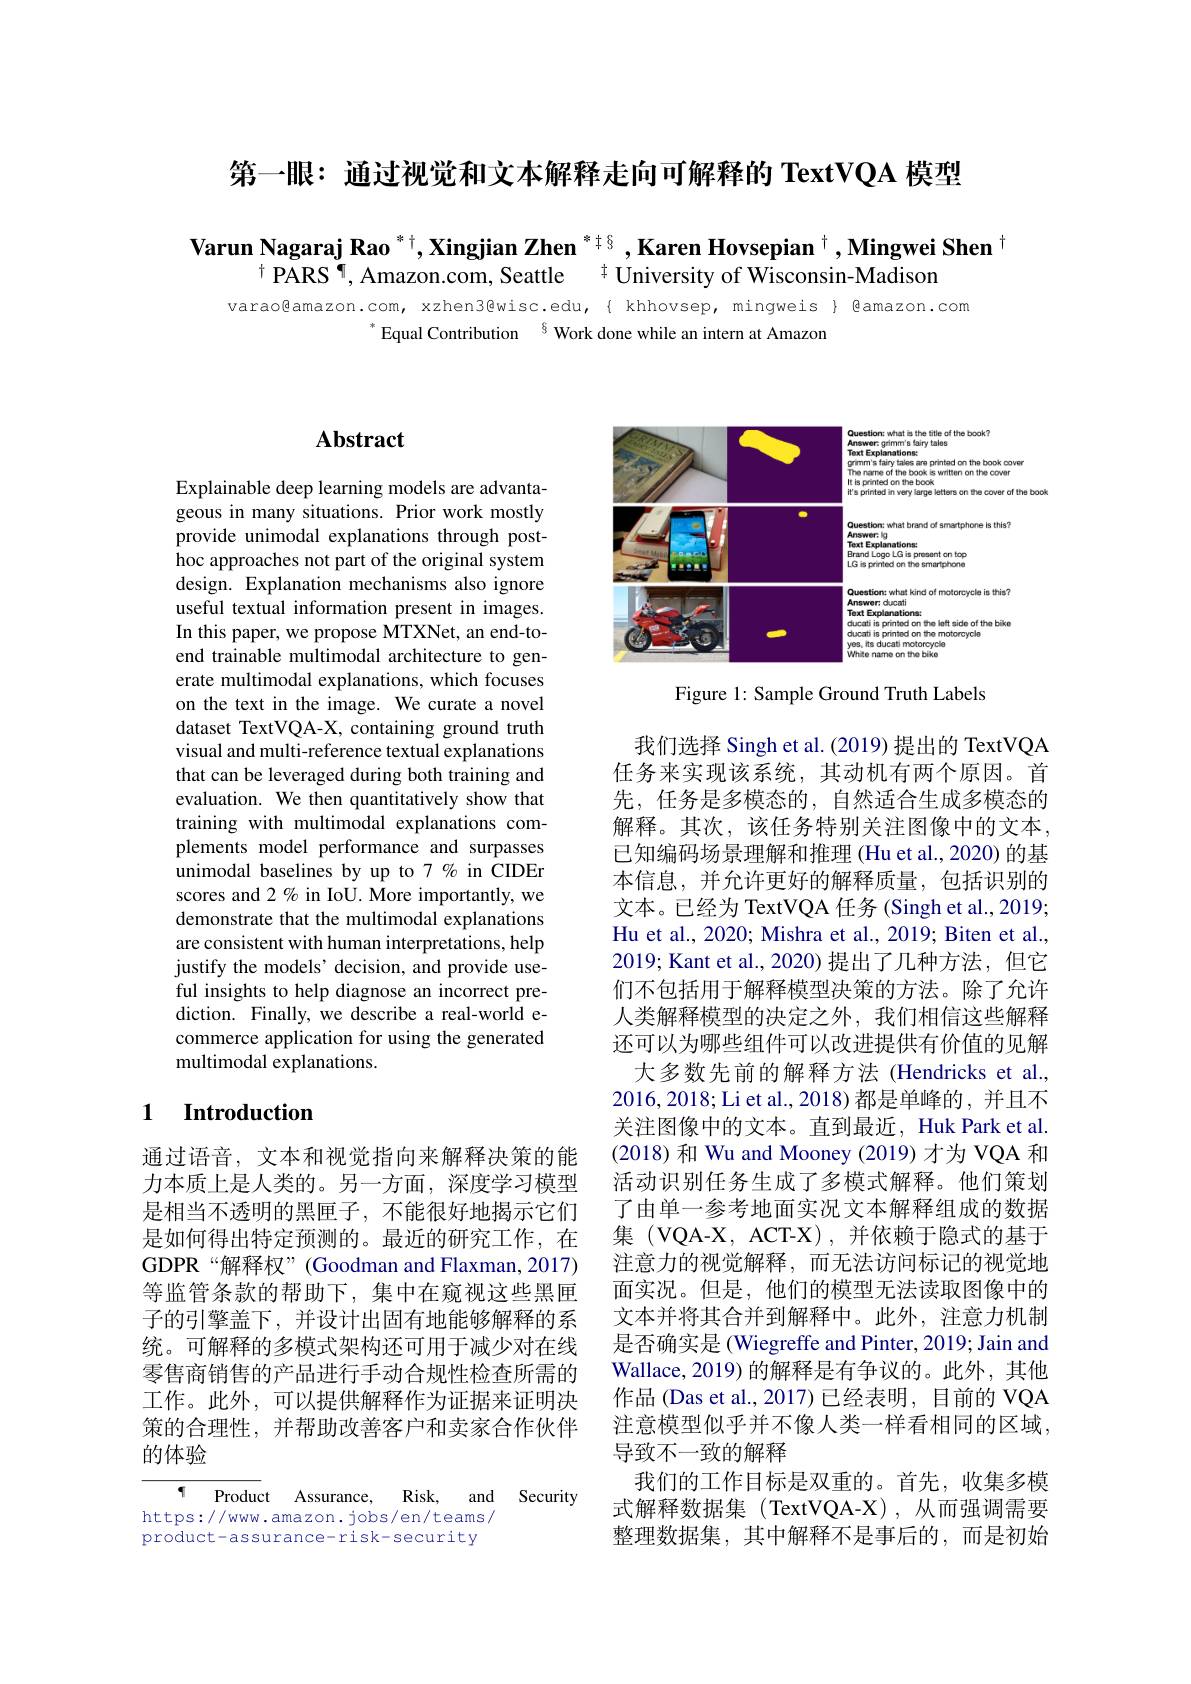
第一眼：通过视觉和文本解释走向可解释的 TextVQA 模型

Varun Nagaraj Rao $^{*\dagger},\textbf{Xingjian Zhen }^{*\dagger§}$,Karen Hovsepian $^\dagger,\textbf{Mingwei Shen}^\dagger$
$^{\dagger}$PARS$^\P$,Amazon.com, Seattle$^{\dagger}$University of Wisconsin-Madison

varao@amazon.com, xzhen3@wisc.edu,{khhovsep,mingweis}{@amazon.com
$^{*}$Equal Contribution$^{6}$Work done while an intern at Amazon

## $\mathbf{Abstract}$

Explainable deep learning models are advantageous in many situations. Prior work mostly provide unimodal explanations through posthoc approaches not part of the original system design. Explanation mechanisms also ignore useful textual information present in images. In this paper, we propose MTXNet, an end-toend trainable multimodal architecture to generate multimodal explanations, which focuses on the text in the image. We curate a novel dataset TextVQA-X, containing ground truth visual and multi-reference textual explanations that can be leveraged during both training and evaluation. We then quantitatively show that training with multimodal explanations complements model performance and surpasses unimodal baselines by up to 7% in CIDEr scores and 2 % in IoU. More importantly, we demonstrate that the multimodal explanations are consistent with human interpretations, help justify the models' decision, and provide useful insights to help diagnose an incorrect prediction. Finally, we describe a real-world ecommerce application for using the generated multimodal explanations.

### 1 Introduction

通过语音，文本和视觉指向来解释决策的能力本质上是人类的。另一方面，深度学习模型是相当不透明的黑匣子，不能很好地揭示它们是如何得出特定预测的。最近的研究工作，在GDPR“解释权”(Goodman and Flaxman, 2017) 等监管条款的帮助下，集中在窥视这些黑匣子的引擎盖下，并设计出固有地能够解释的系统。可解释的多模式架构还可用于减少对在线零售商销售的产品进行手动合规性检查所需的工作。此外，可以提供解释作为证据来证明决策的合理性，并帮助改善客户和卖家合作伙伴的体验

$\overline{\P\:\text{Product}\:\text{Assurance,}\:\text{Risk,}\:\text{and}\:\text{Security}}$
https://www.amazon.jobs/en/teams/ product-assurance-risk-security

<FigureHere>

Figure 1: Sample Ground Truth Labels

我们选择 Singh et al. (2019) 提出的 TextVQA 任务来实现该系统，其动机有两个原因。首先，任务是多模态的，自然适合生成多模态的解释。其次，该任务特别关注图像中的文本， 已知编码场景理解和推理 (Hu et al., 2020) 的基本信息，并允许更好的解释质量，包括识别的文本。已经为 TextVQA 任务 (Singh et al., 2019; Hu et al., 2020; Mishra et al., 2019; Biten et al., 2019; Kant et al., 2020) 提出了几种方法，但它们不包括用于解释模型决策的方法。除了允许人类解释模型的决定之外，我们相信这些解释还可以为哪些组件可以改进提供有价值的见解
大多数先前的解释方法(Hendricks et al., 2016,2018;Li et al., 2018)都是单峰的，并且不关注图像中的文本。直到最近，Huk Park et al. (2018) 和 Wu and Mooney (2019) 才为 VQA 和活动识别任务生成了多模式解释。他们策划了由单一参考地面实况文本解释组成的数据集 (VQA-X, ACT-X),并依赖于隐式的基于注意力的视觉解释，而无法访问标记的视觉地面实况。但是，他们的模型无法读取图像中的文本并将其合并到解释中。此外，注意力机制是否确实是 (Wiegreffe and Pinter, 2019; Jain and Wallace, 2019) 的解释是有争议的。此外，其他作品 (Das et al., 2017) 已经表明，目前的 VQA 注意模型似乎并不像人类一样看相同的区域， 导致不一致的解释
我们的工作目标是双重的。首先，收集多模式解释数据集(TextVQA-X),从而强调需要整理数据集，其中解释不是事后的，而是初始